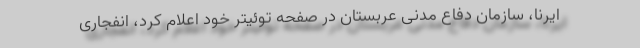
ایرنا، سازمان دفاع مدنی عربستان در صفحه توئیتر خود اعلام کرد، انفجاری